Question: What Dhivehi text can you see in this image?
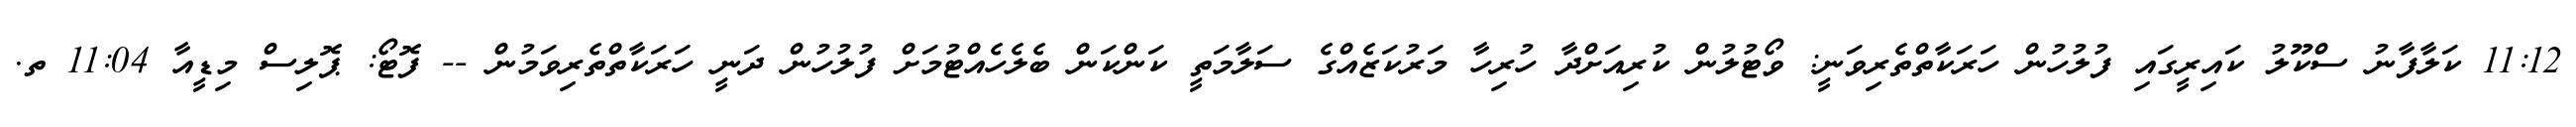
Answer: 11:12 ކަލާފާނު ސްކޫލު ކައިރީގައި ފުލުހުން ހަރަކާތްތެރިވަނީ: ވޯޓުލުން ކުރިއަށްދާ ހުރިހާ މަރުކަޒެއްގެ ސަލާމަތީ ކަންކަން ބެލެހެއްޓުމަށް ފުލުހުން ދަނީ ހަރަކާތްތެރިވަމުން -- ފޮޓޯ: ޕޮލިސް މިޑީއާ 11:04 ތ.